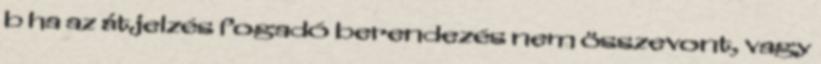
b ha az átjelzés fogadó berendezés nem összevont, vagy